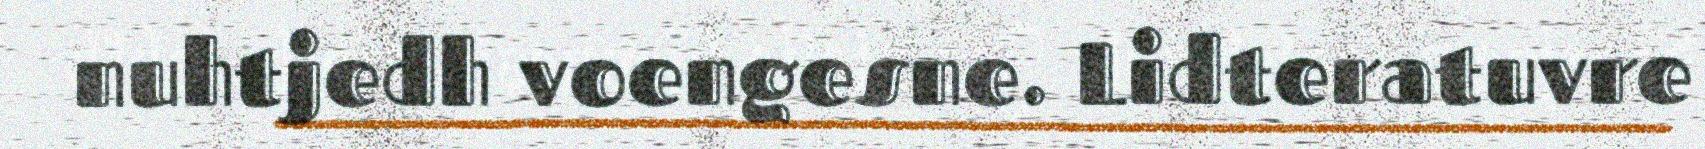
nuhtjedh voengesne. Lidteratuvre